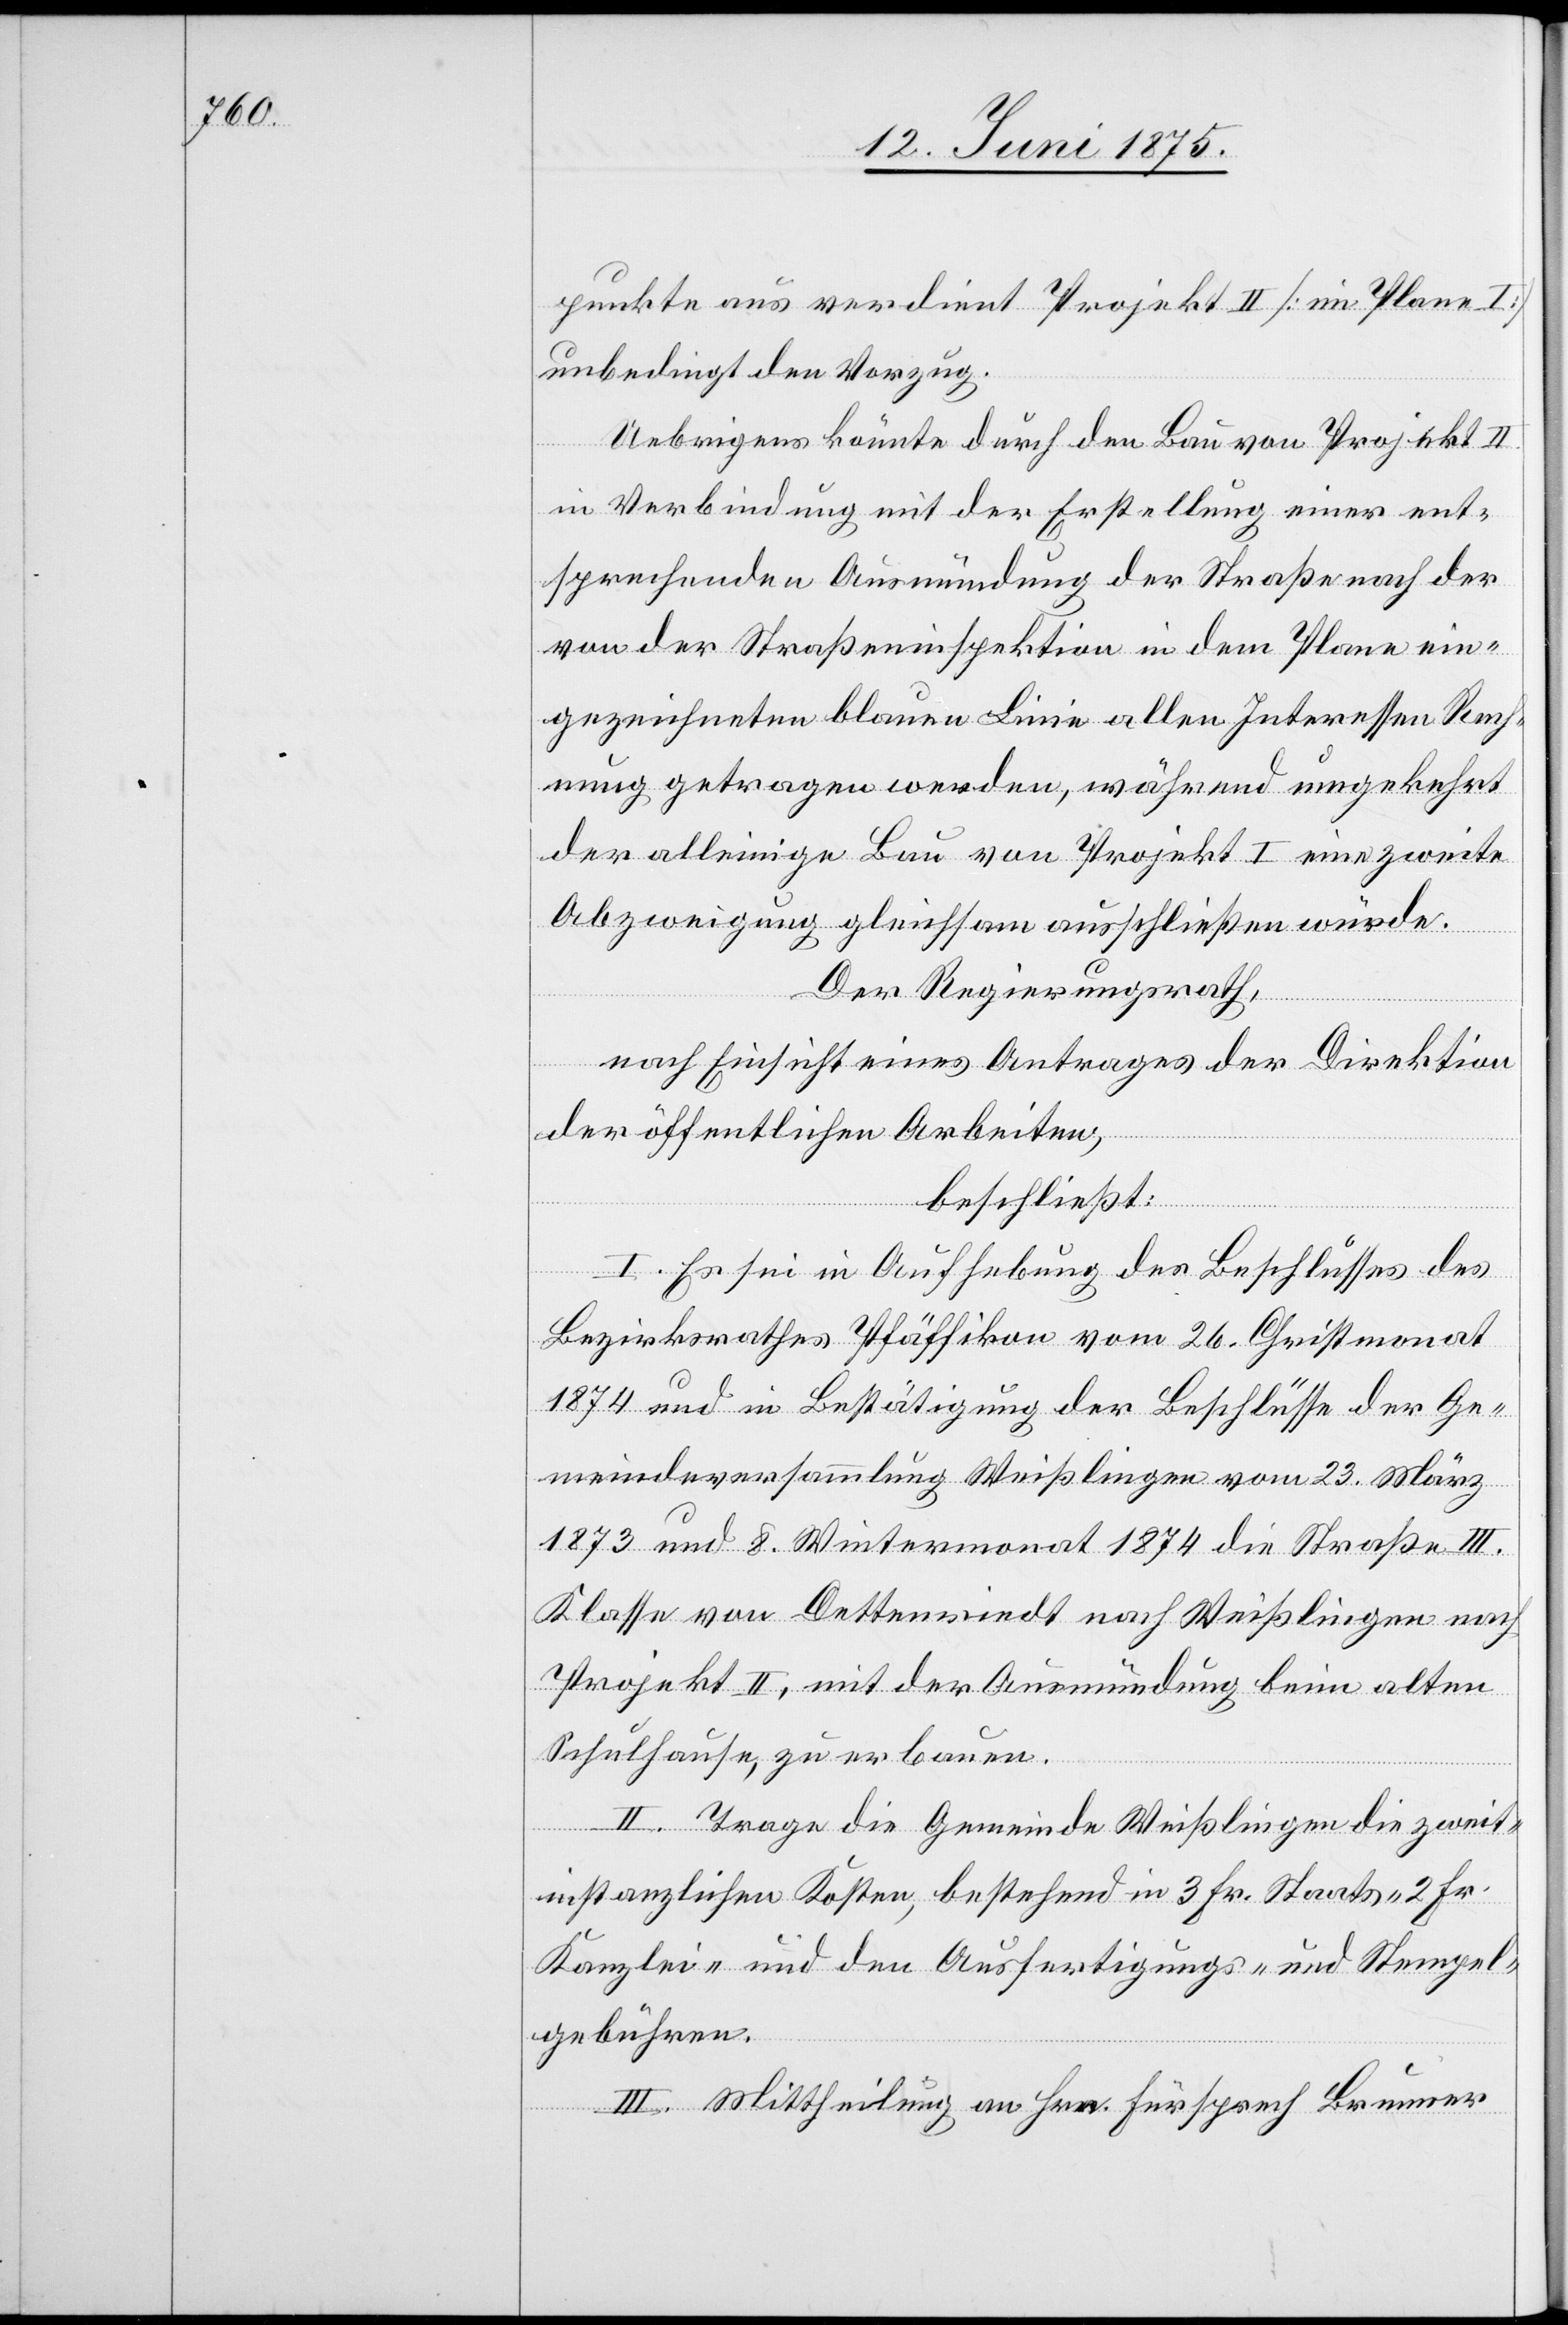
punkte aus verdient Projekt II [im Plane I]
unbedingt den Vorzug.
Uebrigens könnte durch den Bau von Projekt II
in Verbindung mit der Erstellung einer ent¬
sprechenden Ausmündung der Straße nach der
von der Straßeninspektion in dem Plane ein¬
gezeichneten blauen Linie allen Interessen Rech¬
nung getragen werden, während umgekehrt
der alleinige Bau von Projekt I eine zweite
Abzweigung gleichsam ausschließen würde.
Der Regierungsrath,
nach Einsicht eines Antrages der Direktion
der öffentlichen Arbeiten,
beschließt:
I. Es sei in Aufhebung des Beschlusses des
Bezirksrathes Pfäffikon vom 26. Christmonat
1874 und in Bestätigung der Beschlüsse der Ge¬
meindeversammlung Weißlingen vom 23. März
1873 und 8. Wintermonat 1874 die Straße III.
Klasse von Dettenriedt nach Weißlingen nach
Projekt II, mit der Ausmündung beim alten
Schulhause zu erbauen.
II. Trage die Gemeinde Weißlingen die zweit¬
instanzlichen Kosten, bestehend in 3 Fr. Staats- 2 Fr.
Kanzlei- und den Ausfertigungs- und Stempel¬
gebühren.
III. Mittheilung an Hrn. Fürsprech Brunner